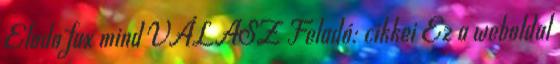
Elado fax mind VÁLASZ Feladó: cikkei Ez a weboldal